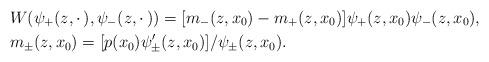
LaTeX: \begin{align*}& W(\psi_+ (z, \cdot \,), \psi_- (z, \cdot \,)) = [m_-(z,x_0) - m_+(z,x_0)] \psi_+ (z, x_0) \psi_- (z, x_0), \\ & m_{\pm}(z,x_0) = [p(x_0) \psi_{\pm}^{\prime} (z, x_0)] / \psi_{\pm} (z, x_0). \end{align*}